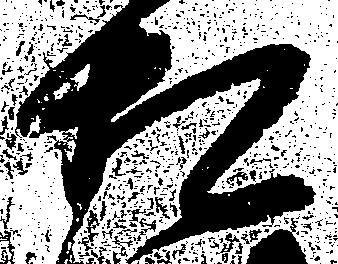
相